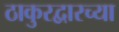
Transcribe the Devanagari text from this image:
ठाकुरद्वारच्या